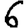
Digit: 6